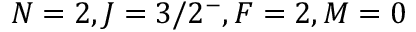
N = 2 , J = 3 / 2 ^ { - } , F = 2 , M = 0